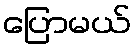
ပြောမယ်